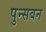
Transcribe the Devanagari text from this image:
पुन्सवन